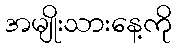
အမျိုးသားနေ့ကို